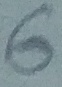
Text: 6